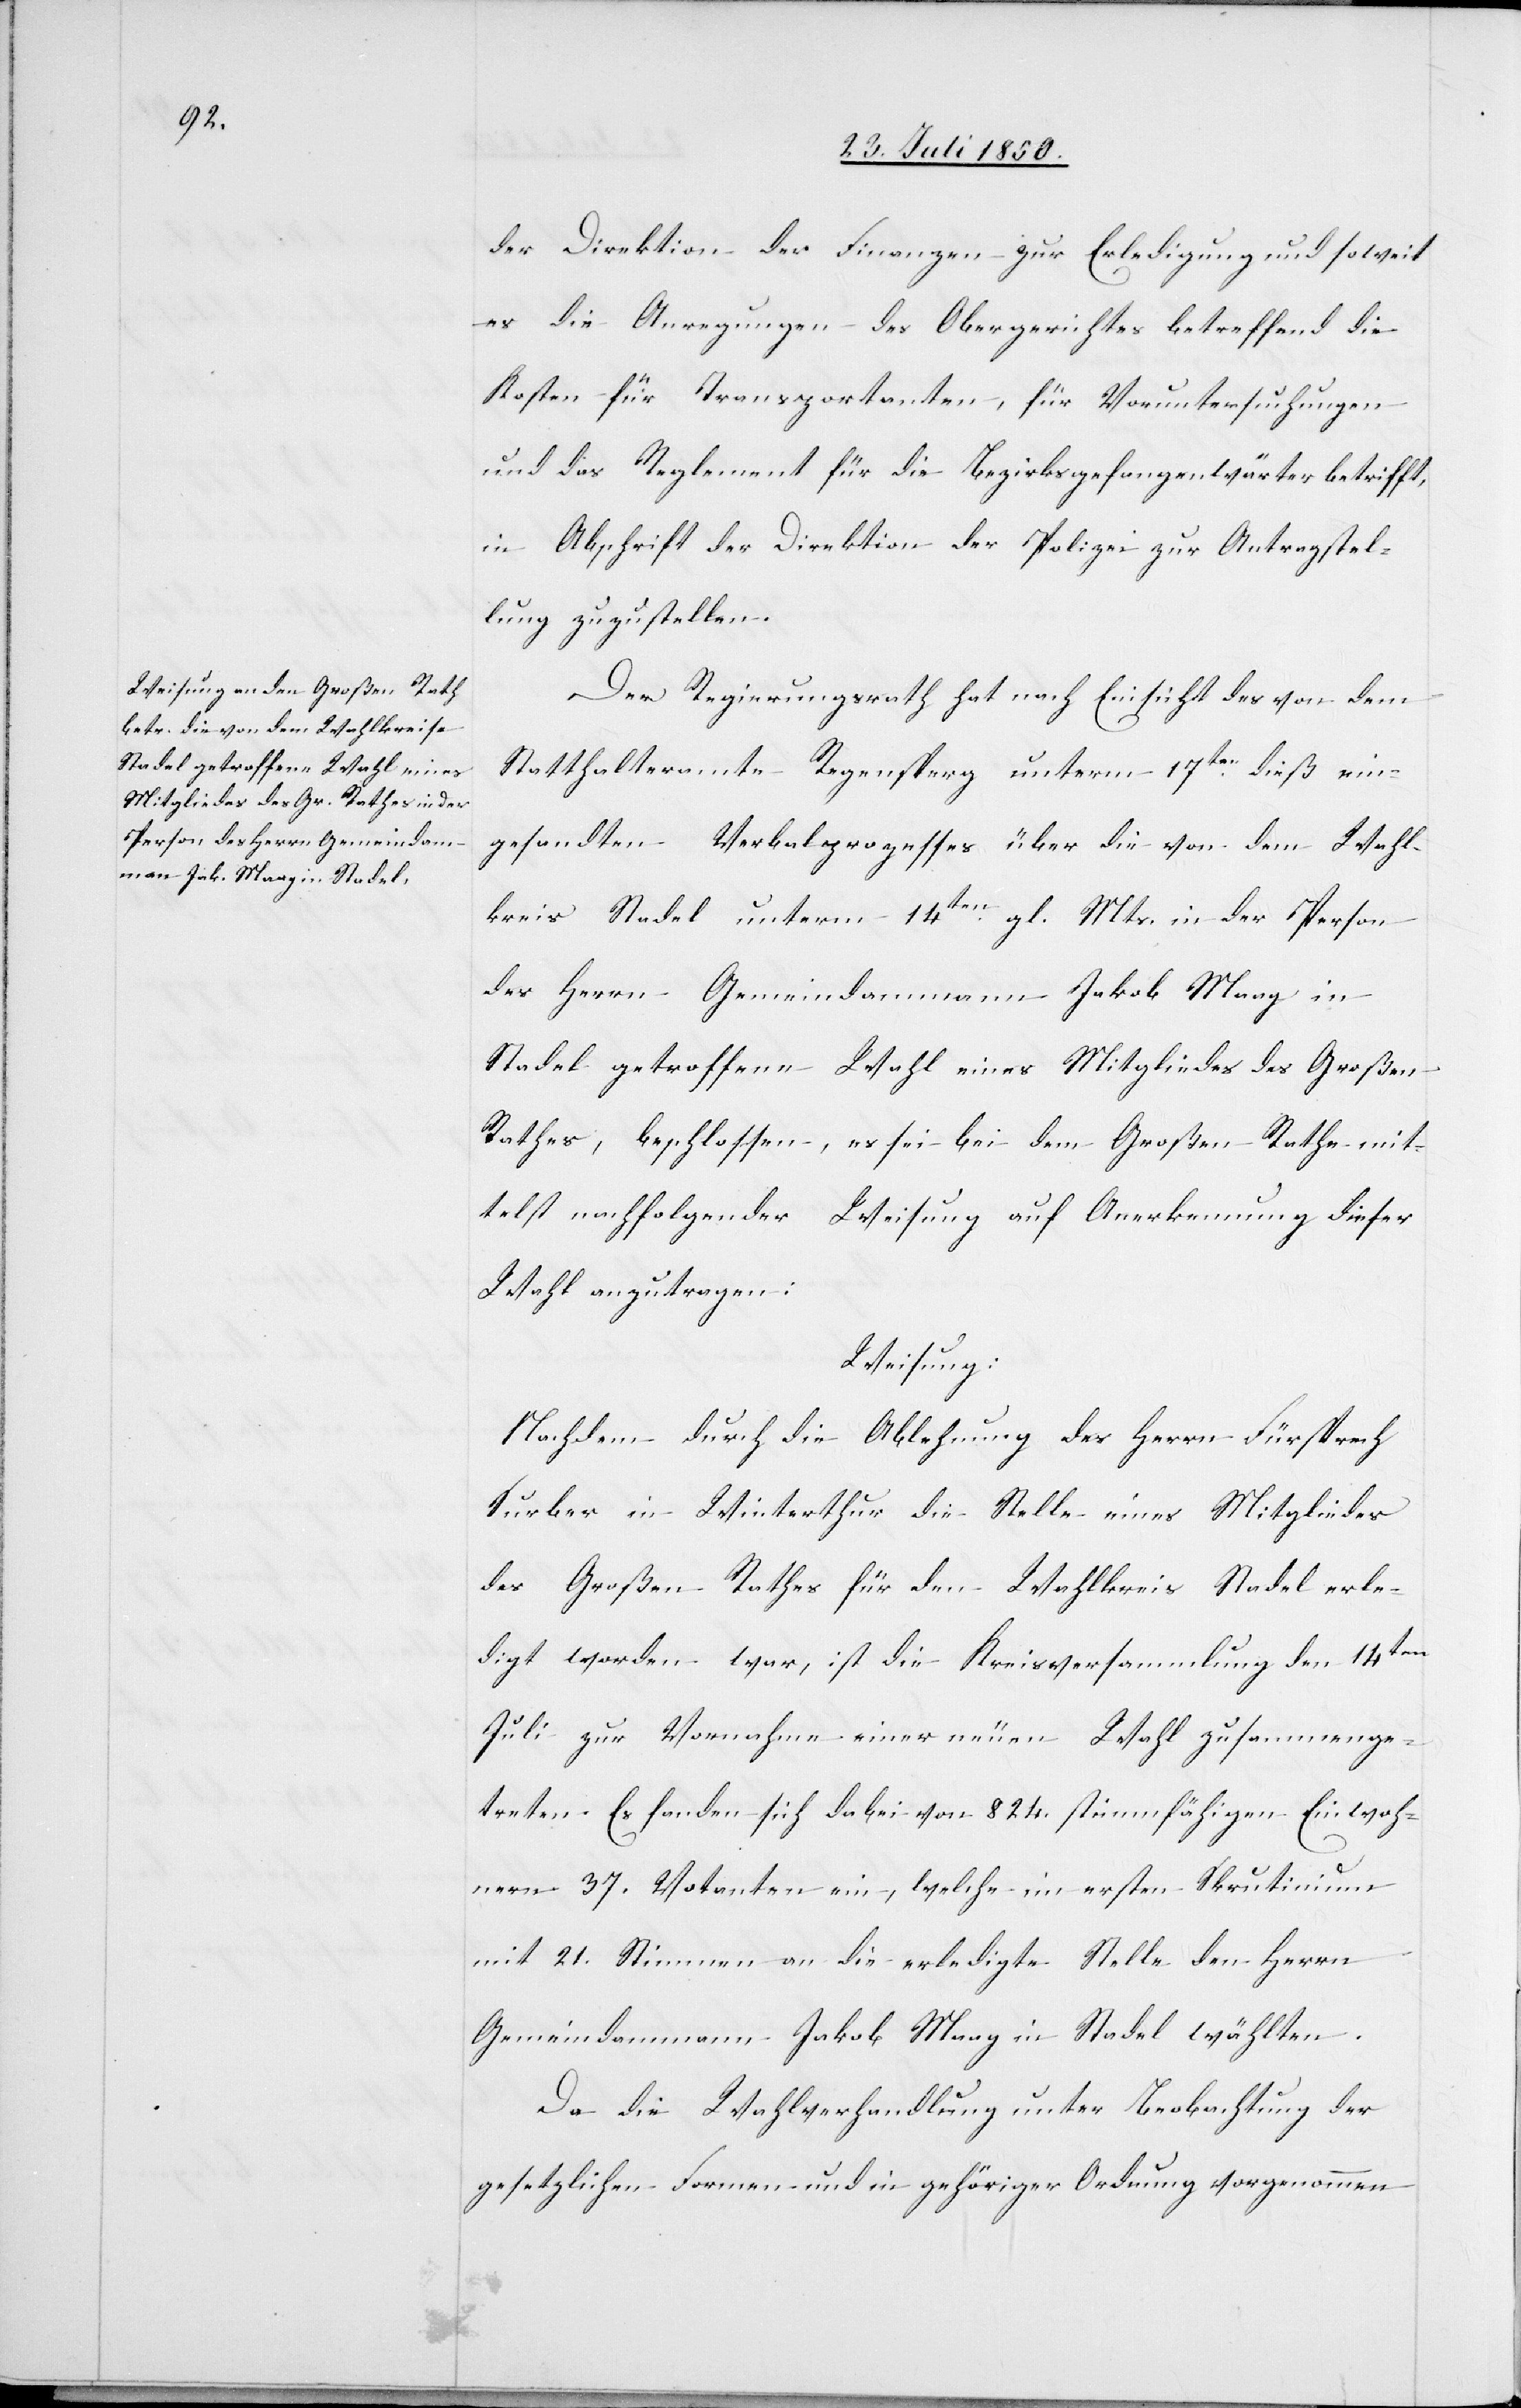
der Direktion der Finanzen zur Erledigung und soweit
es die Anregungen des Obergerichtes betreffend die
Kosten für Transportanten, für Voruntersuchungen
und das Reglement für die Bezirksgefangenwärter betrifft,
in Abschrift der Direktion der Polizei zur Antragstel¬
lung zuzustellen.
Der Regierungsrath hat nach Einsicht des von dem
Statthalteramte Regensperg unterm 17ten dieß ein¬
gesandten Verbalprozesses über die von dem Wahl¬
kreis Stadel unterm 14ten gl. Mts. in der Person
des Herrn Gemeindammann Jakob Maag in
Stadel getroffene Wahl eines Mitgliedes des Großen
Rathes, beschlossen, es sei bei dem Großen Rathe mit¬
telst nachfolgender Weisung auf Anerkennung dieser
Weisung:
Nachdem durch die Ablehnung des Herrn Fürsprech
Surber in Winterthur die Stelle eines Mitgliedes
des Großen Rathes für den Wahlkreis Stadel erle¬
digt worden war, ist die Kreisversammlung den 14ten
Juli zur Vornahme einer neuen Wahl zusammenge¬
treten. Es fanden sich dabei von 824. stimmfähigen Einwoh¬
nern 37. Votanten ein, welche im ersten Skrutinium
mit 21. Stimmen an die erledigte Stelle den Herrn
Gemeindammann Jakob Maag in Stadel wählten.
Da die Wahlverhandlung unter Beobachtung der
gesetzlichen Formen und in gehöriger Ordnung vorgenommen